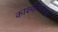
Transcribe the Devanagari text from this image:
काश्मीरकडचा